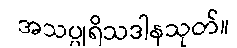
အသပ္ပုရိသဒါနသုတ်။